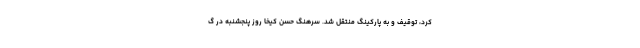
کرد، توقیف و به پارکینگ منتقل شد. سرهنگ حسن کیخا روز پنجشنبه در گ